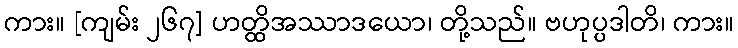
ကား။ [ကျမ်း ၂၆၇] ဟတ္ထိအဿာဒယော၊ တို့သည်။ ဗဟုပ္ပဒါတိ၊ ကား။